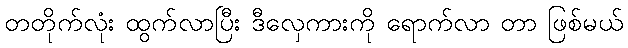
တတိုက်လုံး ထွက်လာပြီး ဒီလှေကားကို ရောက်လာ တာ ဖြစ်မယ်